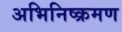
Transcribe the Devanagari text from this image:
अभिनिष्क्रमण